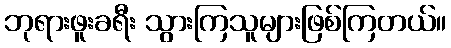
ဘုရားဖူးခရီး သွားကြသူများဖြစ်ကြတယ်။